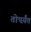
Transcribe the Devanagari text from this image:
तोपर्य़ंत